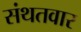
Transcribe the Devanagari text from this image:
संथतवार